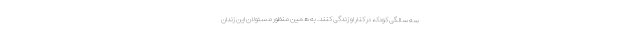
سه سالگی کودک، در کنار او زندگی کنند. به همین منظور مسئولان این زندان